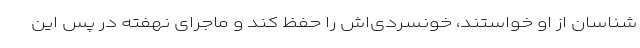
شناسان از او خواستند، خونسردی‌اش را حفظ کند و ماجرای نهفته در پس این